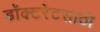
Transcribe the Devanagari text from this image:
डॉक्टरेटसाठी